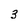
Character: 3